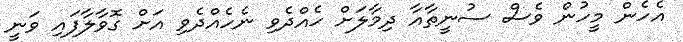
އެހެން މީހުން ވެސް ސުނީތާއާ ދިމާލަށް ހެއްދެވި ނެހެއްދެވި އަށް ގޮވާލާފައި ވަނީ